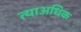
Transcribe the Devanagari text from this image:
त्याअधिक